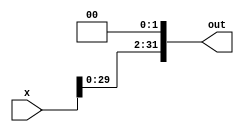
module left_shifter_2(x, out);
    input [31:0] x;
    output [31:0] out;

    assign out[31:2] = x[29:0];
    assign out[1:0] = 2'b0;

endmodule